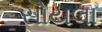
સોયલા